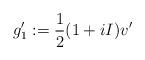
LaTeX: \begin{align*}g_1':=\frac{1}{2}(1+iI)v'\end{align*}